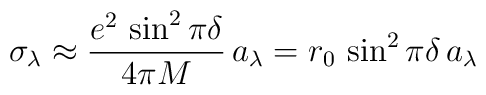
\sigma_{\lambda} \approx {e^2\,\sin^2\pi\delta\over 4\pi M}\, a_{\lambda}= r_0\,\sin^2\pi\delta\, a_{\lambda}